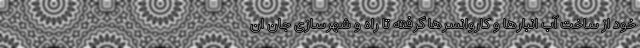
خود از ساخت آب انبارها و کاروانسرها گرفته تا راه و شهرسازی جان ان